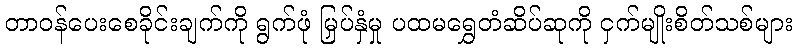
တာဝန်ပေးစေခိုင်းချက်ကို ရွက်ဖုံ မြှပ်နှံမှု ပထမရွှေတံဆိပ်ဆုကို ငှက်မျိုးစိတ်သစ်များ